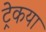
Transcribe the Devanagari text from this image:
ट्रेकया